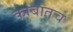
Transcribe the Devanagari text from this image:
काबातच